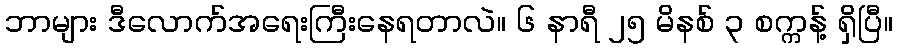
ဘာများ ဒီလောက်အရေးကြီးနေရတာလဲ။ ၆ နာရီ ၂၅ မိနစ် ၃ စက္ကန့် ရှိပြီ။